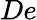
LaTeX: De